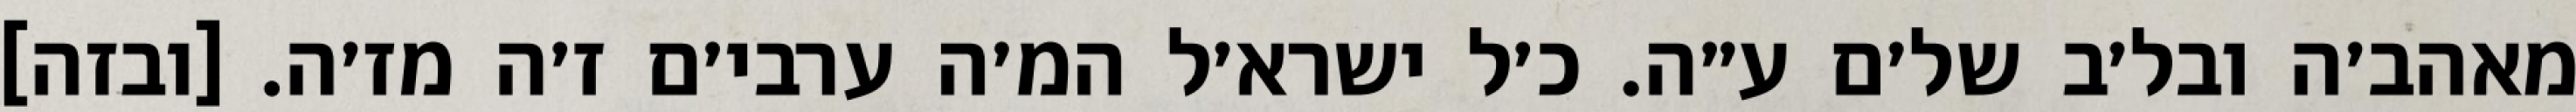
מאהב׳ה ובל׳ב של׳ם ע״ה. כ׳ל ישרא׳ל המ׳ה ערבי׳ם ז׳ה מז׳ה. [ובזה]